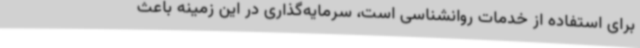
برای استفاده از خدمات روانشناسی است، سرمایه‌گذاری در این زمینه باعث